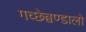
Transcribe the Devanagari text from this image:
गच्छेच्चण्डालो